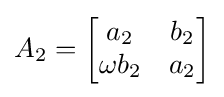
A_{2}={\begin{bmatrix}a_{2}&b_{2}\\\omega b_{2}&a_{2}\end{bmatrix}}